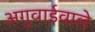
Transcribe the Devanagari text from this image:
अगुवाईवाले